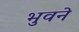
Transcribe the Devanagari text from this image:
भुवने